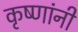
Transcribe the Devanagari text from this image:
कृष्णांनी